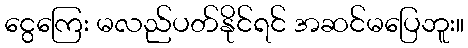
ငွေကြေး မလည်ပတ်နိုင်ရင် အဆင်မပြေဘူး။